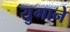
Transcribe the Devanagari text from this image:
युगाने